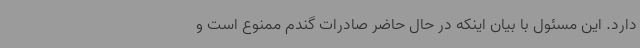
دارد. این مسئول با بیان اینکه در حال حاضر صادرات گندم ممنوع است و